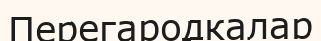
Перегародкалар